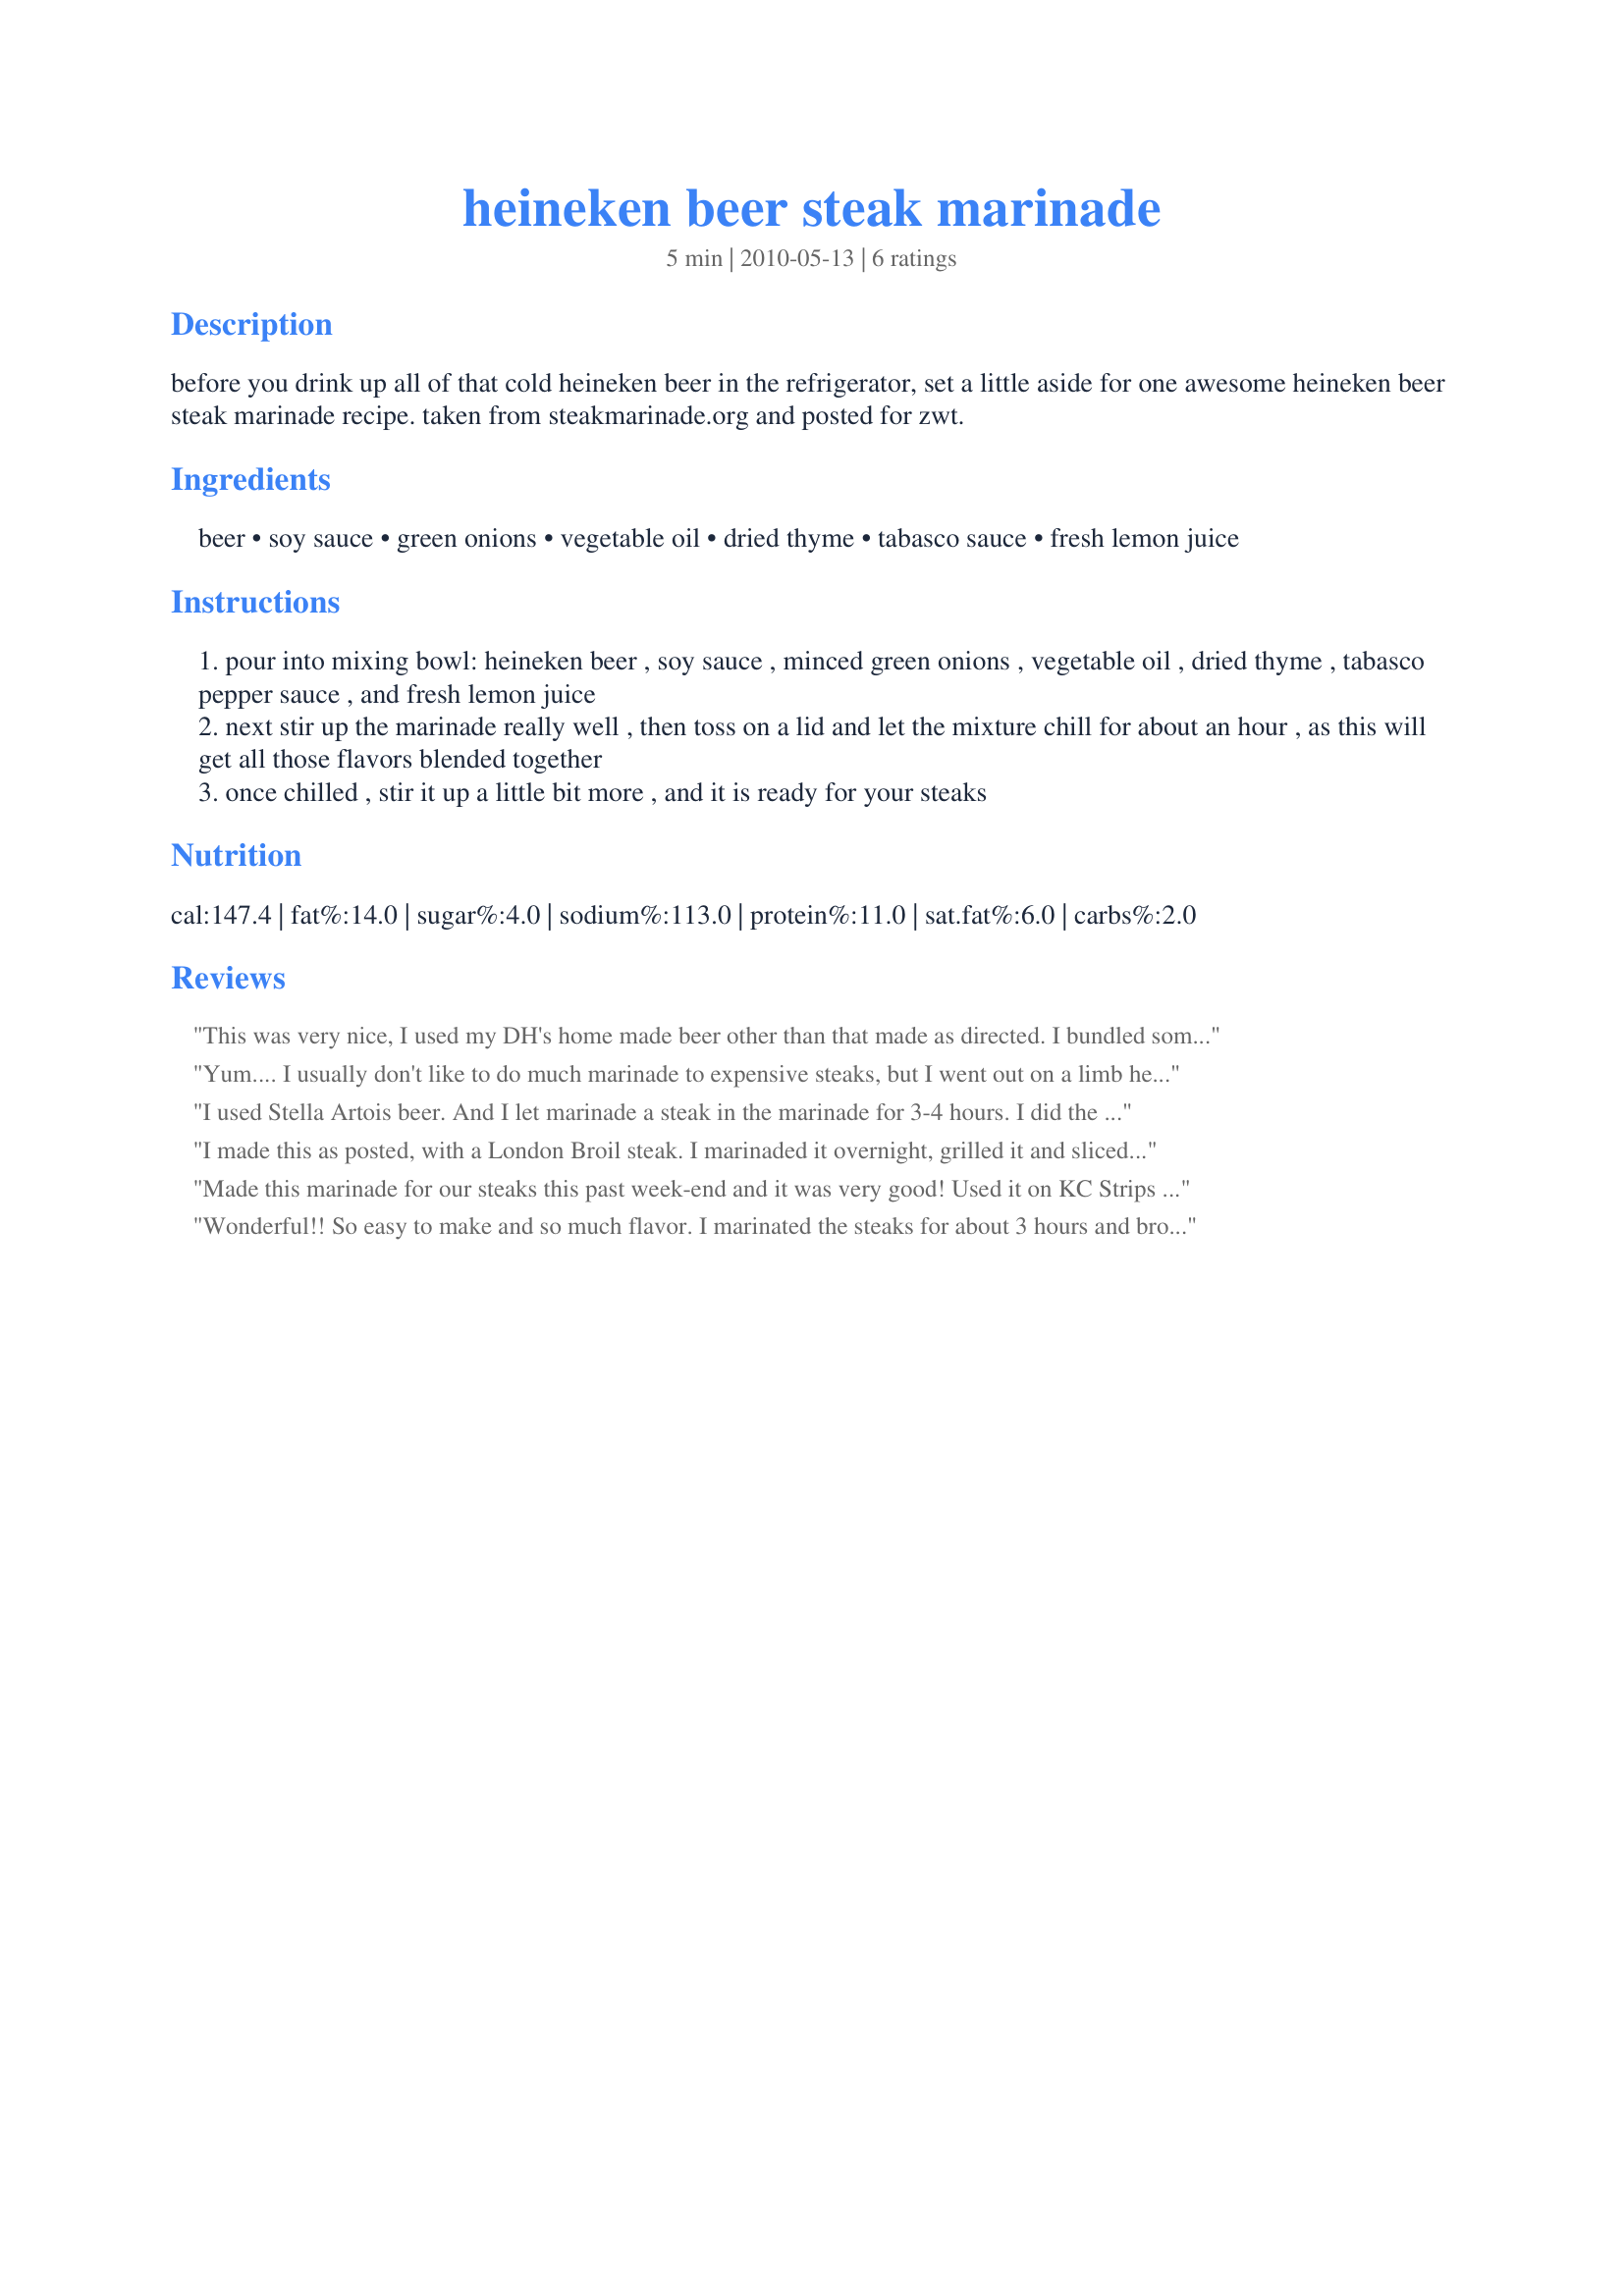
heineken beer steak marinade
Preparation time: 5 minutes

before you drink up all of that cold heineken beer in the refrigerator, set a little aside for one awesome heineken beer steak marinade recipe. taken from steakmarinade.org and posted for zwt.

Ingredients:
beer, soy sauce, green onions, vegetable oil, dried thyme, tabasco sauce, fresh lemon juice

Steps:
pour into mixing bowl: heineken beer , soy sauce , minced green onions , vegetable oil , dried thyme , tabasco pepper sauce , and fresh lemon juice
next stir up the marinade really well , then toss on a lid and let the mixture chill for about an hour , as this will get all those flavors blended together
once chilled , stir it up a little bit more , and it is ready for your steaks

Reviews:
This was very nice, I used my DH's home made beer other than that made as directed. I bundled some thyme and oregano to make a brush to baste my steak and burgers very very nice. This is the first time our BQ has been used in ages but I will be making this again it was so good. Thank you for posting. Made for the diabetic forum July 2011.
Yum.... I usually don't like to do much marinade to expensive steaks, but I went out on a limb here... Delish! DH, DS and I loved this marinade, thanks for turning us on to "beer marinade". DH didn't want to share his beer, but after dinner was glad he did. Thanks for a real keeper.
I used Stella Artois beer. And I let marinade a steak in the marinade for 3-4 hours. I did the recipe for 1 cup since I had only 1 steak. Thanks Alli :) It gave a really great taste to the steak. Made for the Zwizzle Chicks of ZWT
I made this as posted, with a London Broil steak. I marinaded it overnight, grilled it and sliced it thin. It was fantastic and enthusiastically enjoyed by all. Thanks for sharing this recipe. I will definitely be using this often. Made for ZWT6.
Made this marinade for our steaks this past week-end and it was very good! Used it on KC Strips and whole family agreed that this was a keeper. Made as directed and marinated the steaks overnite. Thanks for the recipe!!
Wonderful!! So easy to make and so much flavor. I marinated the steaks for about 3 hours and brought them to room temperature before placing them on the grill. Made for a Seasoned Sailor and his Sassy Sirens - ZWT6.
